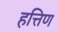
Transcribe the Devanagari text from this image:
हत्तिण